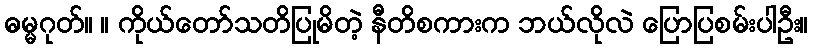
ဓမ္မဂုတ်။ ။ ကိုယ်တော်သတိပြုမိတဲ့ နီတိစကားက ဘယ်လိုလဲ ပြောပြစမ်းပါဦး။